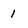
Character: 1